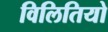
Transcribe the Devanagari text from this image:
विलितियो